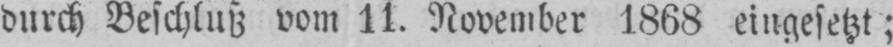
durch Beschluß vom 11. November 1868 eingesetzt;